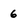
Character: 6